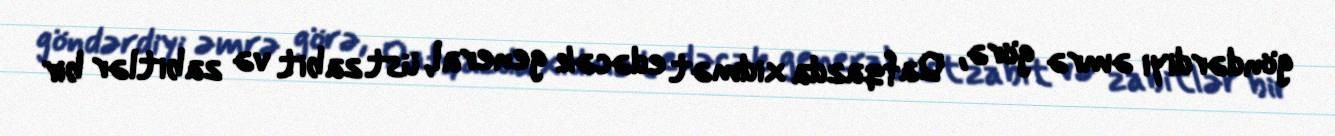
göndərdiyi əmrə görə, Qafqazda xidmət edəcək general, üst zabit və zabitlər bir